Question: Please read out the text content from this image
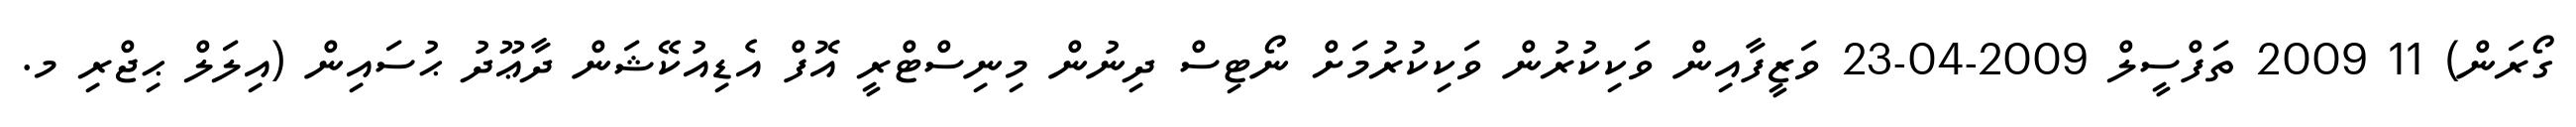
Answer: ގޯރަން) 11 2009 ތަފްސީލް 2009-04-23 ވަޒީފާއިން ވަކިކުރުން ވަކިކުރުމަށް ނޯޓިސް ދިނުން މިނިސްޓްރީ އޮފް އެޑިއުކޭޝަން ދާޢޫދު ޙުސައިން (އިލަލް ޙިޖްރި މ.